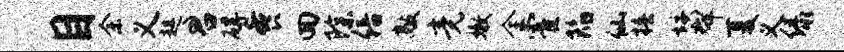
目余义趄君碍餐回除倍敲竟嫩全霍陷仙椿垓群夏义绿